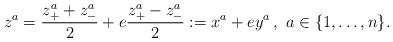
LaTeX: \begin{align*}z^a=\frac{z_+^a+z_-^a}{2}+e\frac{z_+^a-z_-^a}{2}:=x^a+ey^a\,,\,\,a\in\{1,\ldots,n\}.\end{align*}